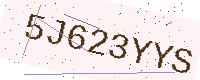
Text: 5J623YYS